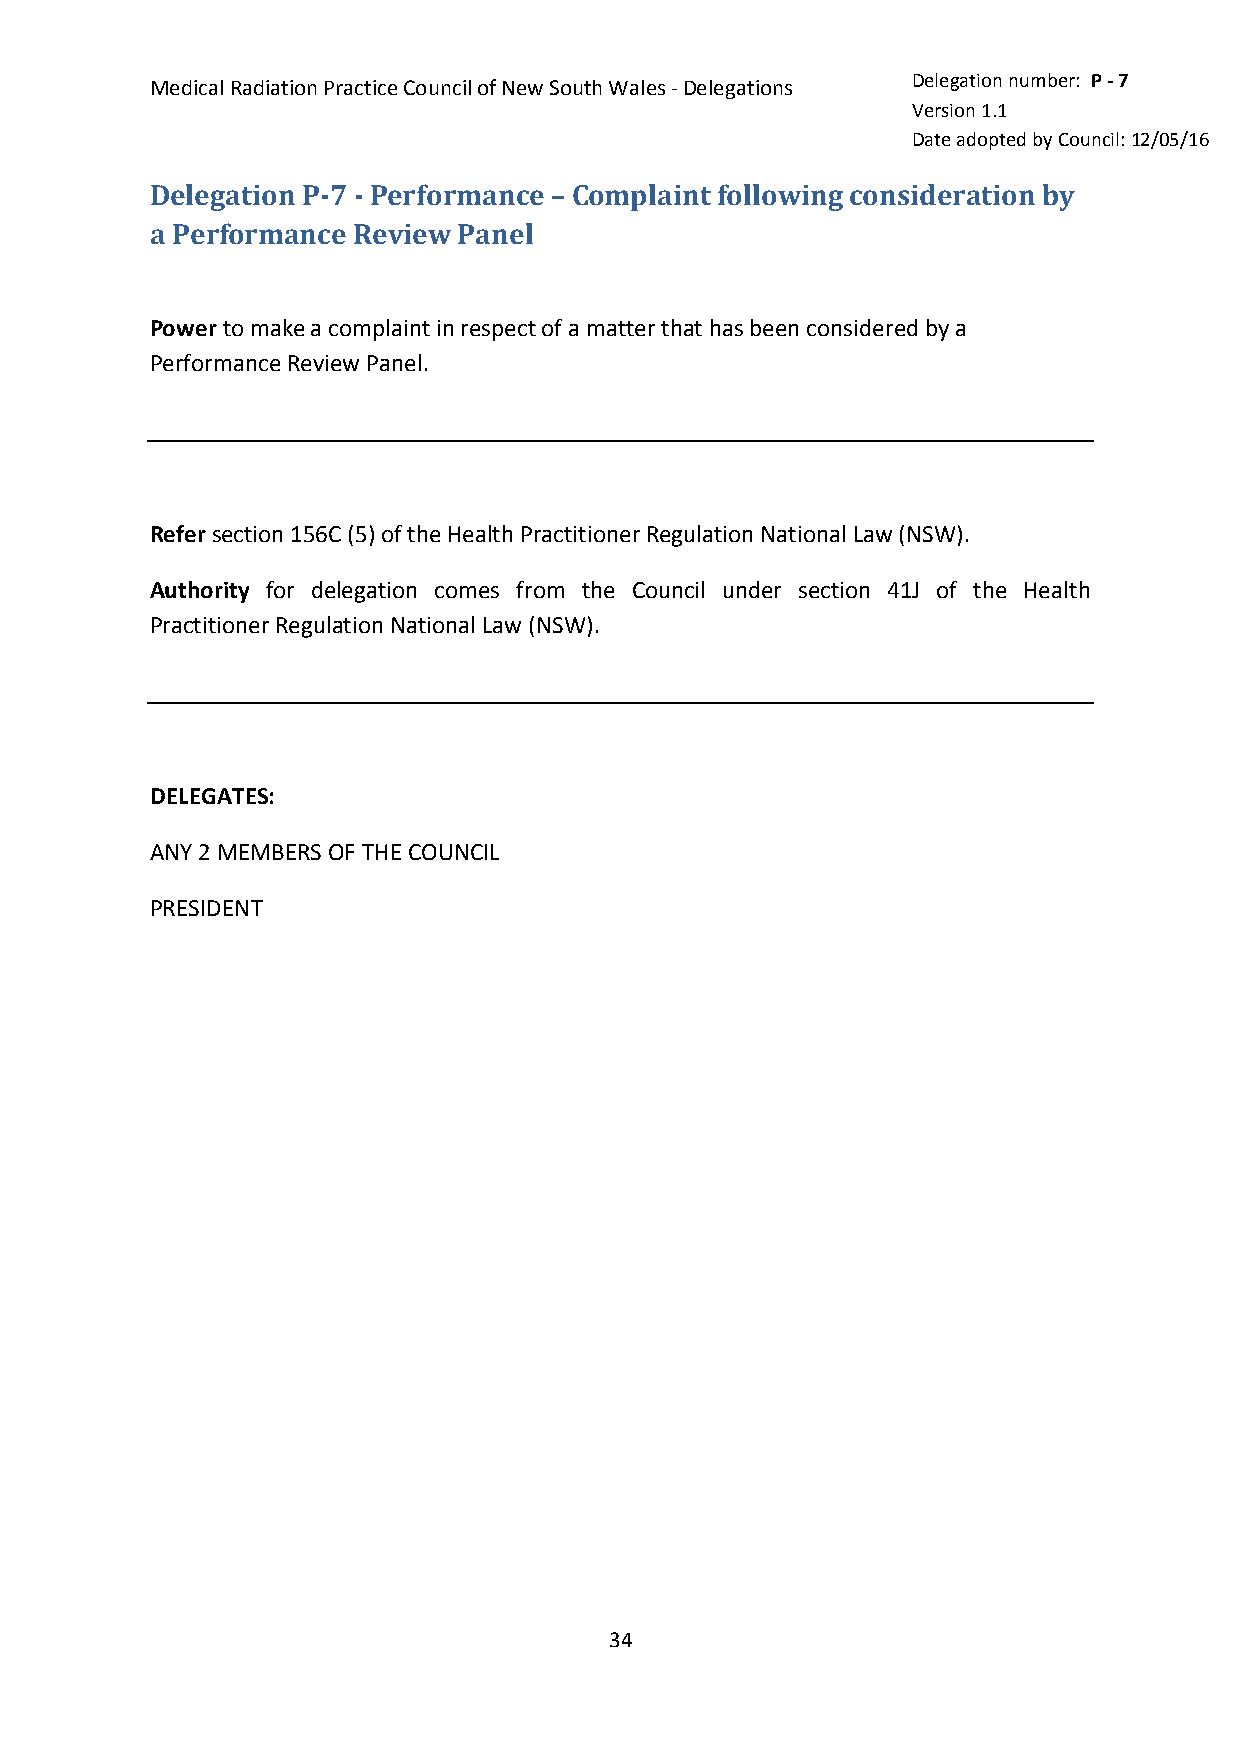
Delegation number: P - 7
 Medical Radiation Practice Council of New South Wales - Delegations
 Version 1.1
 Date adopted by Council: 12/05/16
 Delegation P-7 - Performance – Complaint following consideration by
 a Performance Review Panel
 Power to make a complaint in respect of a matter that has been considered by a
 Performance Review Panel.
 Refer section 156C (5) of the Health Practitioner Regulation National Law (NSW).
 Authority for delegation comes from the Council under section 41J of the Health
 Practitioner Regulation National Law (NSW).
 DELEGATES:
 ANY 2 MEMBERS OF THE COUNCIL
 PRESIDENT
 34